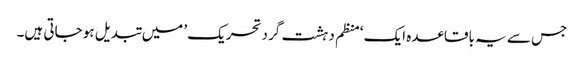
جس سے یہ باقاعدہ ایک ‘منظم دہشت گرد تحریک’ میں تبدیل ہو جاتی ہیں۔